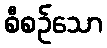
စီစဉ်သော